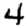
Digit: 4